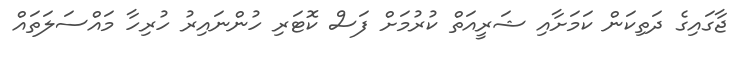
ޖާގައިގެ ދަތިކަން ކަމަށާއި ޝަރީއަތް ކުރުމަށް ފަސް ކޮޓަރި ހުންނައިރު ހުރިހާ މައްސަލަތައް